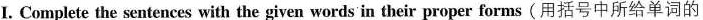
I. Complete the sentences with the given words in their proper forms( 用括号中所给单词的